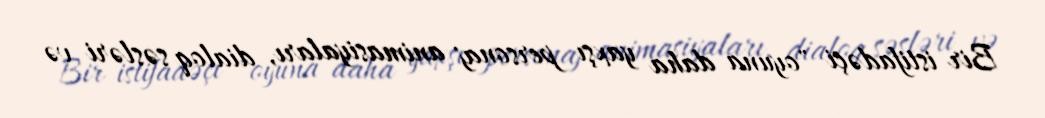
Bir istifadəçi "oyuna daha yaxşı personaj animasiyaları, dialoq səsləri və